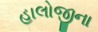
હાલોજીના